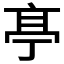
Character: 𠅘